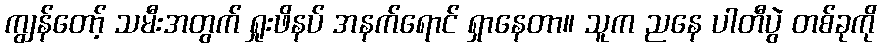
ကျွန်တော့် သမီးအတွက် ရှုးဖိနပ် အနက်ရောင် ရှာနေတာ။ သူက ညနေ ပါတီပွဲ တစ်ခုကို